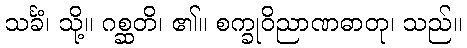
သင်္ခံ၊ သို့။ ဂစ္ဆတိ၊ ၏။ စက္ခုဝိညာဏဓာတု၊ သည်။